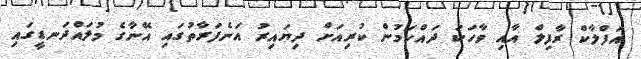
އަފްލާކް ރާފިލް އާއި ވާހަކަ ދައްކަމުން ކުރިއަށް ދިޔައިރު އަނެފަރާތުގައި އޭނާގެ މުލައްދަނޑީގައި